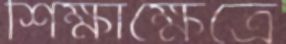
শিক্ষাক্ষেত্রে